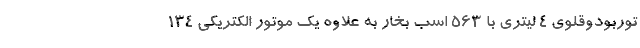
توربودوقلوی 4 لیتری با 563 اسب بخار به علاوه یک موتور الکتریکی 134